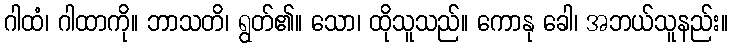
ဂါထံ၊ ဂါထာကို။ ဘာသတိ၊ ရွတ်၏။ သော၊ ထိုသူသည်။ ကောနု ခေါ၊ အဘယ်သူနည်း။